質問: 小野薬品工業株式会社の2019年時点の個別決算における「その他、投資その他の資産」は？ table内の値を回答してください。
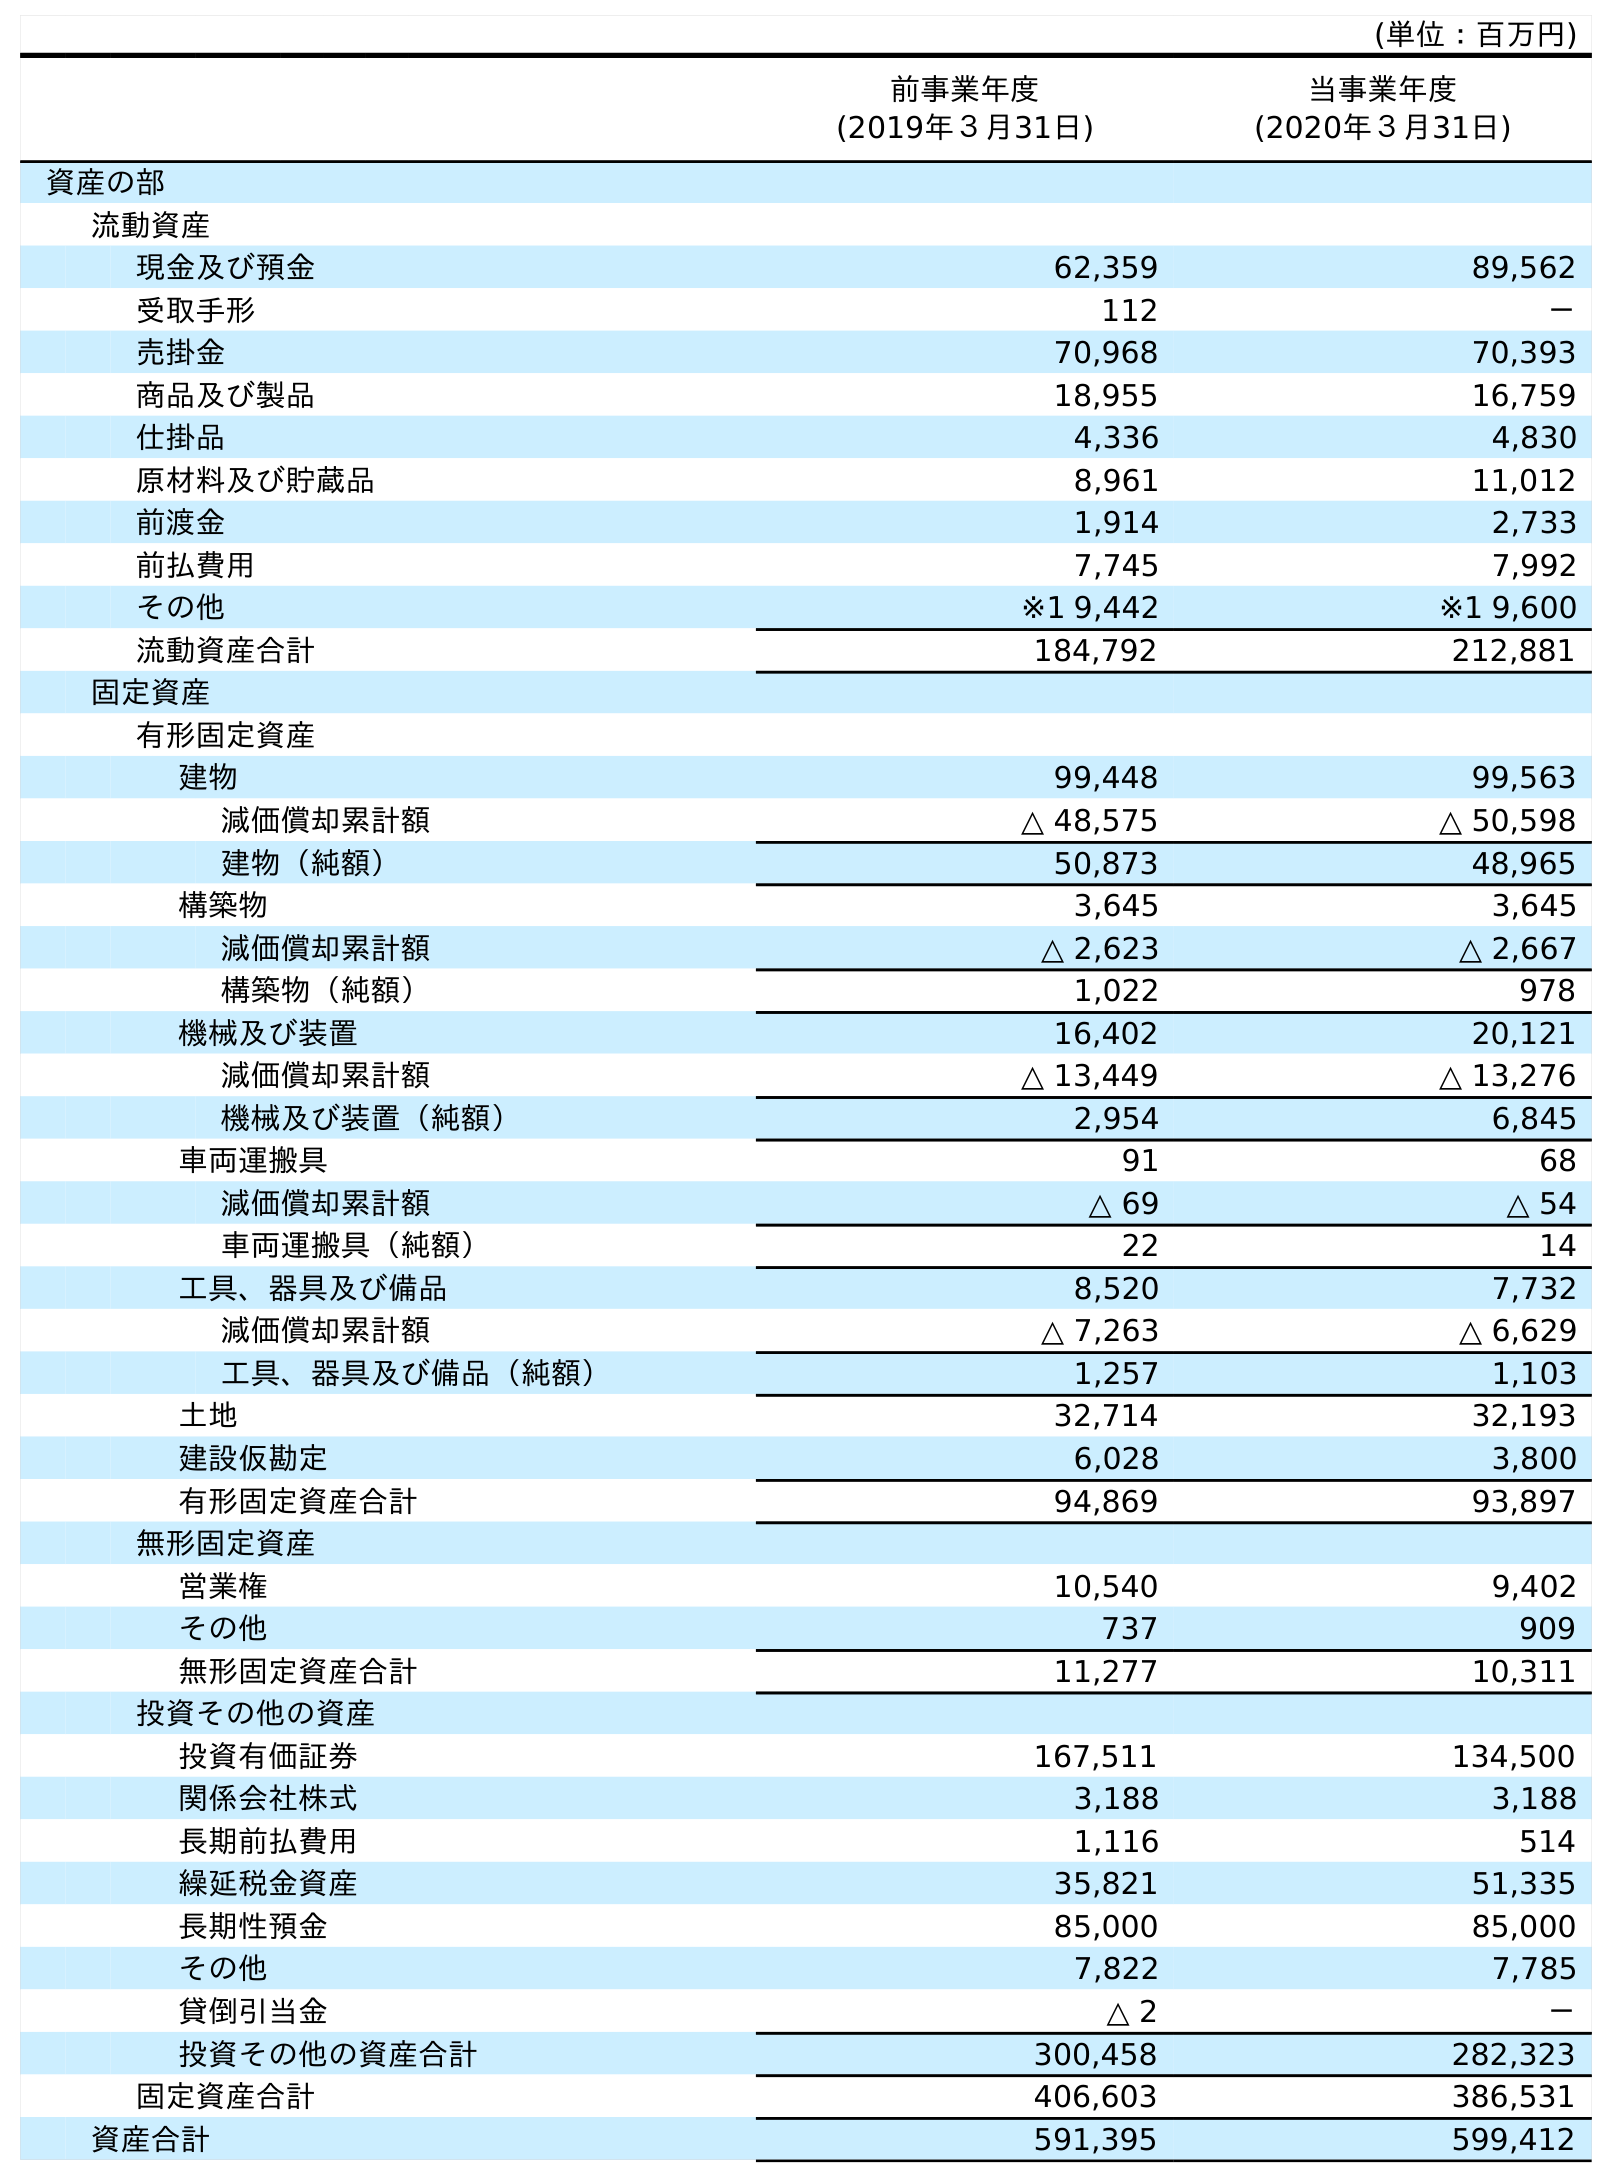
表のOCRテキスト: (単位：百万円) 前事業年度 (2019年３月31日) 当事業年度 (2020年３月31日) 資産の部 流動資産 現金及び預金 62,359 89,562 受取手形 112 － 売掛金 70,968 70,393 商品及び製品 18,955 16,759 仕掛品 4,336 4,830 原材料及び貯蔵品 8,961 11,012 前渡金 1,914 2,733 前払費用 7,745 7,992 その他 ※1 9,442 ※1 9,600 流動資産合計 184,792 212,881 固定資産 有形固定資産 建物 99,448 99,563 減価償却累計額 △ 48,575 △ 50,598 建物（純額） 50,873 48,965 構築物 3,645 3,645 減価償却累計額 △ 2,623 △ 2,667 構築物（純額） 1,022 978 機械及び装置 16,402 20,121 減価償却累計額 △ 13,449 △ 13,276 機械及び装置（純額） 2,954 6,845 車両運搬具 91 68 減価償却累計額 △ 69 △ 54 車両運搬具（純額） 22 14 工具、器具及び備品 8,520 7,732 減価償却累計額 △ 7,263 △ 6,629 工具、器具及び備品（純額） 1,257 1,103 土地 32,714 32,193 建設仮勘定 6,028 3,800 有形固定資産合計 94,869 93,897 無形固定資産 営業権 10,540 9,402 その他 737 909 無形固定資産合計 11,277 10,311 投資その他の資産 投資有価証券 167,511 134,500 関係会社株式 3,188 3,188 長期前払費用 1,116 514 繰延税金資産 35,821 51,335 長期性預金 85,000 85,000 その他 7,822 7,785 貸倒引当金 △ 2 － 投資その他の資産合計 300,458 282,323 固定資産合計 406,603 386,531 資産合計 591,395 599,412
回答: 7,822